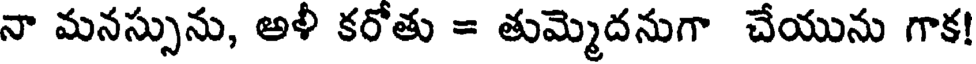
నా మనస్సును, అళీ కరోతు = తుమ్మెదనుగా చేయును గాక!